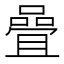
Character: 𡀉